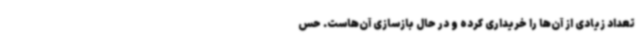
تعداد زیادی از آن‌ها را خریداری کرده و در حال بازسازی آن‌هاست. حس